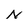
Character: N